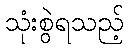
သုံးစွဲရသည့်